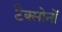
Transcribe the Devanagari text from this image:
टैक्सोनों